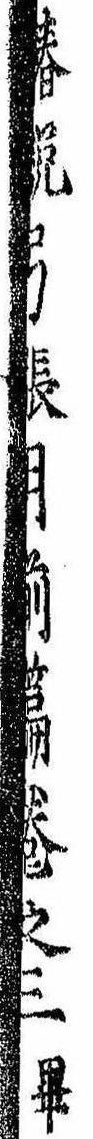
椿説弓張月前篇巻之三畢